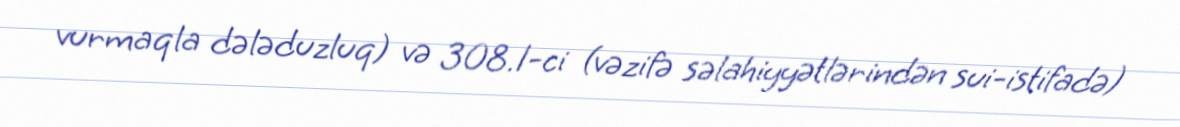
vurmaqla dələduzluq) və 308.1-ci (vəzifə səlahiyyətlərindən sui-istifadə)